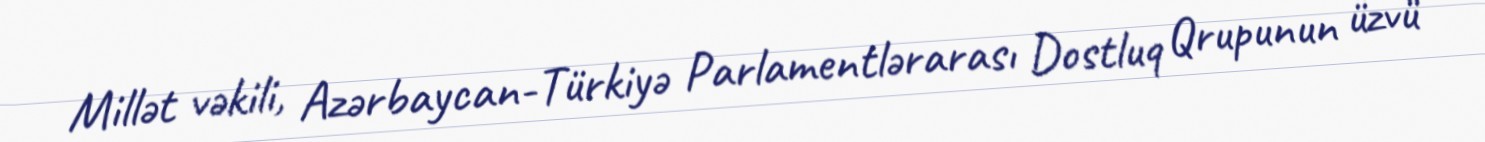
Millət vəkili, Azərbaycan-Türkiyə Parlamentlərarası Dostluq Qrupunun üzvü